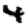
Digit: 4